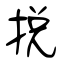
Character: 挩